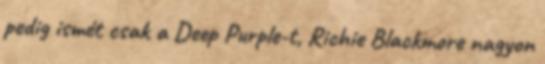
pedig ismét csak a Deep Purple-t, Richie Blackmore nagyon